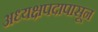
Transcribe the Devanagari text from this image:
अध्यक्षपदापासून